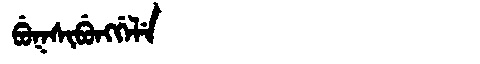
Manchu: ᠪᡠᡴᠰᡳᠪᡠᠩᡤᡝᠯᡝ
Romanization: BUKSIBUNGGELE